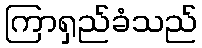
ကြာရှည်ခံသည်